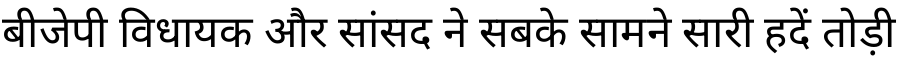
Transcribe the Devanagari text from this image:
बीजेपी विधायक और सांसद ने सबके सामने सारी हदें तोड़ी